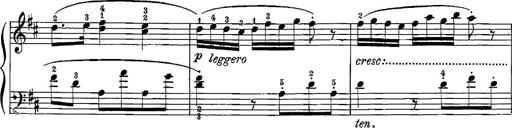
Title: 12 Sonatinas
Composer: Ignaz Pleyel